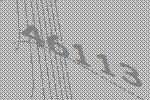
46113